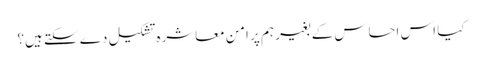
کیا اس احساس کے بغیر ہم پر امن معاشرہ تشکیل دے سکتے ہیں؟